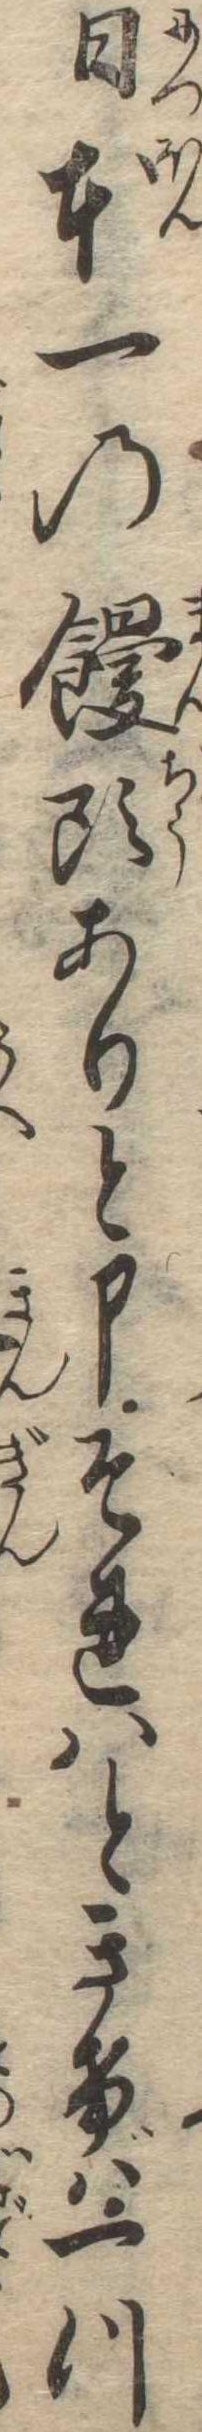
日本一の饅頭ありと申それはときけば一つ